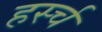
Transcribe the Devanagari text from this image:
हर्स्च